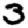
Digit: 3